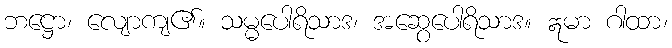
ဘဋ္ဌော၊ လျောကျ၏။ သမ္မပေါရိသာဒ၊ အဆွေပေါရိသာဒ။ ဣမာ ဂါထာ၊